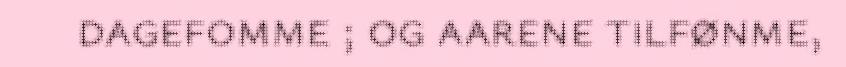
dagefomme ; og aarene tilfønme,